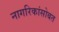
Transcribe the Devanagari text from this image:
नागरिकांसोबत